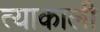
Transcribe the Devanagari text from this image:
त्याकाली